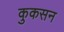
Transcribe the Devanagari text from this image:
कुकसन